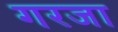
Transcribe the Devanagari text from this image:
गरजा